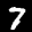
Label: 7